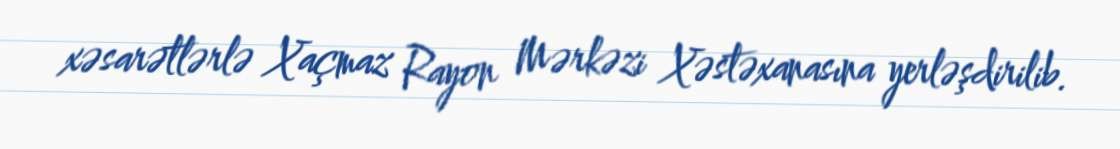
xəsarətlərlə Xaçmaz Rayon Mərkəzi Xəstəxanasına yerləşdirilib.